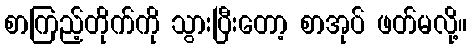
စာကြည့်တိုက်ကို သွားပြီးတော့ စာအုပ် ဖတ်မလို့။